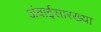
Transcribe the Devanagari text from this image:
अंबाईसारख्या